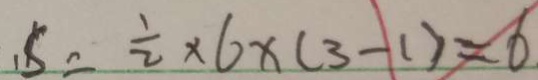
, S = \frac { 1 } { 2 } \times 6 \times ( 3 - 1 ) = 6